Report on horse surra - Volume II, Part I
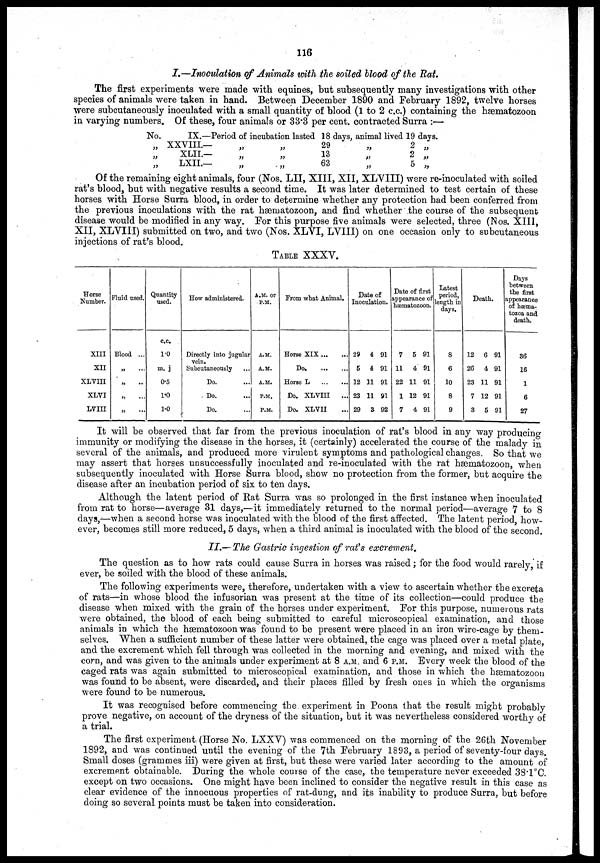
116
I.—Inoculation of Animals with the soiled blood of the Rat.
The first experiments were made with equines, but subsequently many investigations with other
species of animals were taken in hand. Between December 1890 and February 1892, twelve horses
were subcutaneously inoculated with a small quantity of blood (1 to 2 c.c.) containing the hæmatozoon
in varying numbers. Of these, four animals or 33.3 per cent. contracted Surra :—
No.
„
„
„
IX.—
XXVIII.—
XLII—
LXII—
Period of incubation lasted
„
„
„
„
„
„
18
29
13
63
days, animal lived 19 days.
„
„
„
2
2
5
„
„
„
Of the remaining eight animals, four (Nos. LII, XIII, XII, XLVIII) were re-inoculated with soiled
rat's blood, but with negative results a second time. It was later determined to test certain of these
horses with Horse Surra blood, in order to determine whether any protection had been conferred from
the previous inoculations with the rat hæmatozoon, and find whether .the course of the subsequent
disease would be modified in any way. For this purpose five animals were selected, three (Nos. XIII,
XII, XLVIII) submitted on two, and two (Nos. XLVI, LVIII) on one occasion only to subcutaneous
injections of rat's blood.
TABLE XXXV.
Horse
Number.
XIII
XII
XLVIII
XLVI
LVIII
Fluid used.
Blood ...
„
„ ..
„
„
...
Quantity
used.
c.c.
1.0
m. j
0.5
1.0
3.0
How administered.
Directly into jugular
vein,
Subcutaneously
Do.
Do.
Do.
A.M. or
P.M.
A.M.
A.M.
A.M.
P.M.
P.M.
From what Animal.
Horse XIX
Do
Horse L
Do. XLVIII
...
Do. XLVII
Date of
Inoculation.
29
5
12
23
29
4
4
21
11
3
91
91
91
91
92
Date of first
appeance
hæmatozoon
7
11
22
1
7
5
4
11
12
4
91
91
91
91
91
Latest
period,
length in
days.
8
6
10
8
9
Death
12
26
23
7
3
6
4
11
12
5
91
91
91
91
91
Days
between
the first
appearance
of hæma-
tozoa and
death.
36
16
1
6
27
It will be observed that far from the previous inoculation of rat's blood in any way producing
immunity or modifying the disease in the horses, it (certainly) accelerated the course of the malady in
several of the animals, and produced more virulent symptoms and pathological changes. So that we
may assert that horses unsuccessfully inoculated and re-inoculated with the rat hæmatozoon, when
subsequently inoculated with Horse Surra blood, show no protection from the former, but acquire the
disease after an incubation period of six to ten days.
Although the latent period of Rat Surra was so prolonged in the first instance when inoculated
from rat to horse—average 31 days,—it immediately returned to the normal period—average 7 to 8
days,—when a second horse was inoculated with the blood of the first affected. The latent period, how-
ever, becomes still more reduced, 5 days, when a third animal is inoculated with the blood of the second.
II.— The Gastric ingestion of rat's excrement.
The question as to how rats could cause Surra in horses was raised; for the food would rarely, if
ever, be soiled with the blood of these animals.
The following experiments were, therefore, undertaken with a view to ascertain whether the excreta
of rats—in whose blood the infusorian was present at the time of its collection—could produce the
disease when mixed with the grain of the horses under experiment. For this purpose, numerous rats
were obtained, the blood of each being submitted to careful microscopical examination, and those
animals in which the hæmatozoon was found to be present were placed in an iron wire-cage by them-
selves. When a sufficient number of these latter were obtained, the cage was placed over a metal plate,
and the excrement which fell through was collected in the morning and evening, and mixed with the
corn, and was given to the animals under experiment at 8 A.M. and 6 P.M. Every week the blood of the
caged rats was again submitted to microscopical examination, and those in which the hæmatozoon
was found to be absent, were discarded, and their places filled by fresh ones in which the organisms
were found to be numerous.
It was recognised before commencing the. experiment in Poona that the result might probably
prove negative, on account of the dryness of the situation, but it was nevertheless considered worthy of
a trial.
The first experiment, (Horse No. LXXV) was commenced on the morning of the 26th November
1892, and was continued until the evening of the 7th February 1893, a period of seventy-four days.
Small doses (grammes iii) were given at first, but these were varied later according to the amount of
excrement obtainable. During the whole course of the case, the temperature never exceeded 38.1 °C.
except on two occasions. One might have been inclined to consider the negative result in this case as
clear evidence of the innocuous properties of rat-dung, and its inability to produce Surra, but before
doing so several points must be taken into consideration.